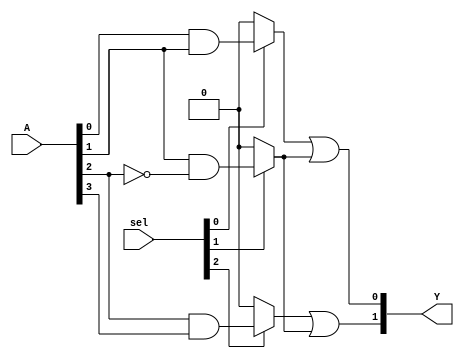
module fused_pal (
    input wire [N-1:0] A,  // N input signals
    input wire [M-1:0] sel, // Selection signals for OR gates
    output wire [P-1:0] Y   // P output signals
);

// Parameter definitions
parameter N = 4; // Number of inputs
parameter M = 3; // Number of AND gates
parameter P = 2; // Number of outputs

// Fixed AND gates
wire [M-1:0] and_out; // Outputs from AND gates

// AND gate definitions (fixed connections)
assign and_out[0] = A[0] & A[1];          // AND gate 1: A1 AND A2
assign and_out[1] = A[1] & ~A[2];         // AND gate 2: A2 AND NOT A3
assign and_out[2] = A[2] & A[3];          // AND gate 3: A3 AND A4

// Programmable OR gates
wire [P-1:0] or_out; // Outputs from OR gates

// OR gate definitions (programmable connections)
assign or_out[0] = (sel[0] ? and_out[0] : 1'b0) |
                   (sel[1] ? and_out[1] : 1'b0); // Output Y1
                   
assign or_out[1] = (sel[2] ? and_out[2] : 1'b0) |
                   (sel[1] ? and_out[1] : 1'b0); // Output Y2

// Final outputs
assign Y = or_out;

endmodule